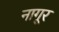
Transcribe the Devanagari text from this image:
नागूर